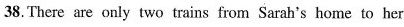
38.There are only two trains from Sarah's home to her